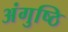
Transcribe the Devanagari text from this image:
अंगुष्ठि